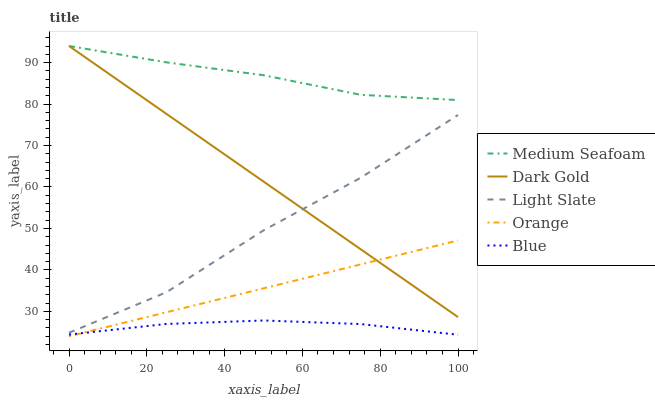
| xaxis_label | Medium Seafoam | Dark Gold | Light Slate | Orange | Blue |
 | --- | --- | --- | --- | --- | --- |
 | 0 | 94 | 94 | 24.8 | 24 | 24.4 |
 | 25 | 90.1 | 77.7 | 34.6 | 29.8 | 27 |
 | 50 | 87 | 61.3 | 49.5 | 35.6 | 27.8 |
 | 75 | 82.2 | 45 | 62.2 | 41.3 | 26.9 |
 | 100 | 81 | 28.6 | 77.4 | 47.1 | 24.4 |